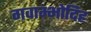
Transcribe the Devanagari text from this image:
गवाम्भोदिह